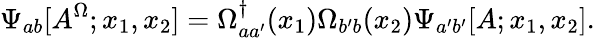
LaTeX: \Psi_{ab}[A^{\Omega};x_{1},x_{2}]=\Omega_{aa^{\prime}}^{\dagger}(x_{1})\Omega_{b^{\prime}b}(x_{2})\Psi_{a^{\prime}b^{\prime}}[A;x_{1},x_{2}].